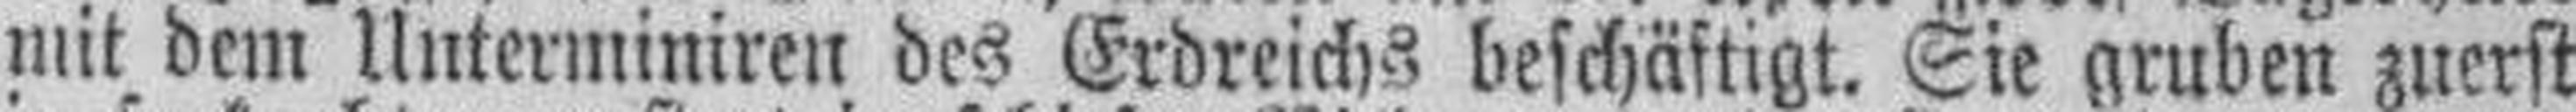
mit dem Unterminiren des Erdreichs beschäftigt. Sie gruben zuerst